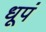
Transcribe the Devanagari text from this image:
धूपं